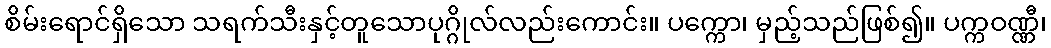
စိမ်းရောင်ရှိသော သရက်သီးနှင့်တူသောပုဂ္ဂိုလ်လည်းကောင်း။ ပက္ကော၊ မှည့်သည်ဖြစ်၍။ ပက္ကဝဏ္ဏီ၊